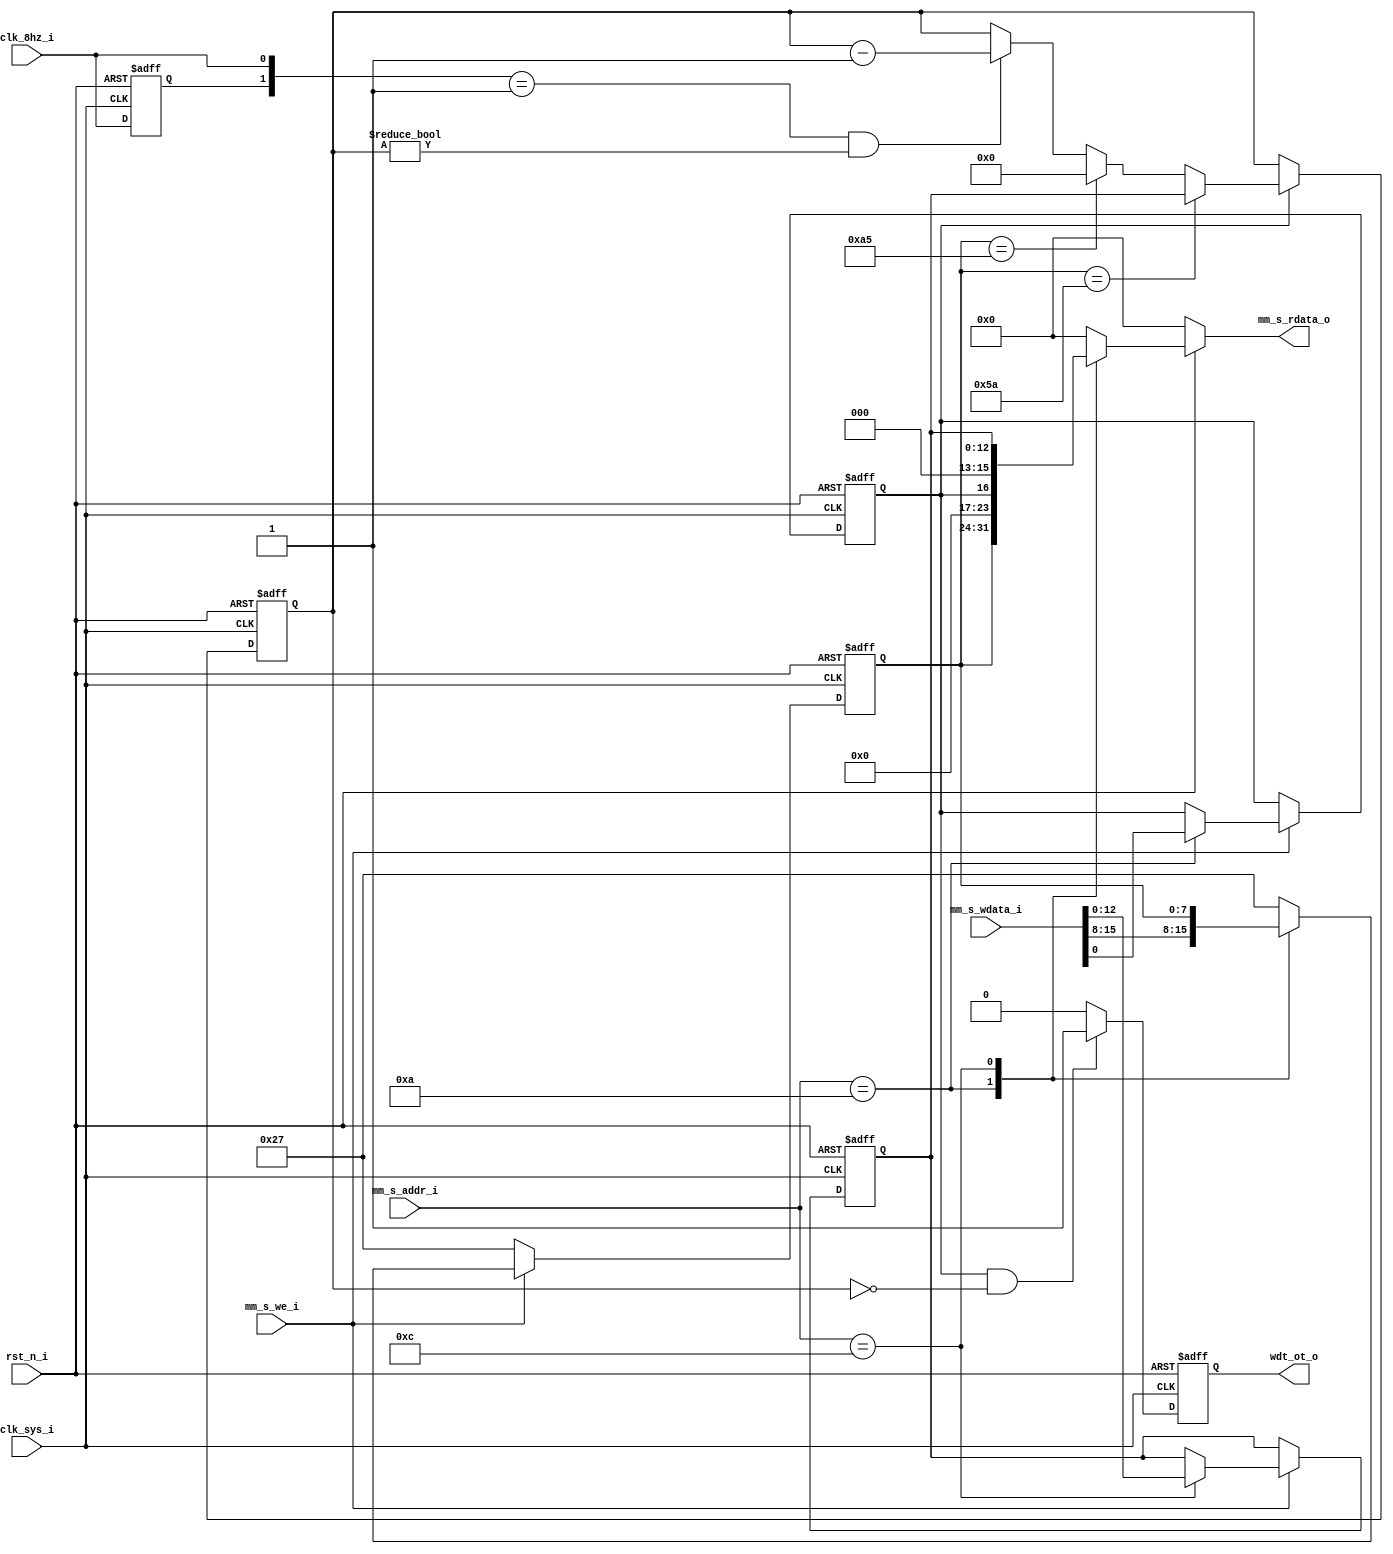
module sys_wdt(
// Global Clock and Reset
clk_sys_i,
rst_n_i,

// Memory Mapped Bus Slave Interface
mm_s_addr_i,
mm_s_wdata_i,
mm_s_rdata_o,
mm_s_we_i,

// WDT Signals
clk_8hz_i,
wdt_ot_o
);

/***************************************************
 System WDT Parameters
***************************************************/
parameter MM_ADDR_WIDTH = 8;
parameter MM_DATA_WIDTH = 16;
// S2: System WDT
parameter REG_ADDR_SWDT_CTRL = 'h0A;
parameter REG_ADDR_SWDT_VAL = 'h0C;

//---------- Global Clock and Reset -----------
input clk_sys_i, rst_n_i;

//---------- Master Interface Signals -----------
// Address and Data Bus
input[MM_ADDR_WIDTH-1:0] mm_s_addr_i;
input[MM_DATA_WIDTH-1:0] mm_s_wdata_i;
output[MM_DATA_WIDTH-1:0] mm_s_rdata_o;
// Bus Control
input mm_s_we_i;

//---------- WDT Signals -----------
input clk_8hz_i;
output wdt_ot_o;

//---------- Internal Regs -----------
reg swdt_ctrl_reg;
reg[7:0] swdt_pwd_reg;
reg[12:0] swdt_val_reg;
reg[MM_DATA_WIDTH-1:0] mm_s_rdata_o; 
reg[12:0] wdt_cnt;
reg wdt_ot_o;
reg reg_clk_8hz_i;

wire wdt_en;

/***************************************************
 System WDT Functions
***************************************************/
// MM Write Function
always @(posedge clk_sys_i, negedge rst_n_i)
begin
	if(!rst_n_i) begin
		swdt_ctrl_reg <= 1'b0;
		swdt_val_reg <= 13'h0960;
		swdt_pwd_reg <= 8'h27;
	end
	else begin
		if(mm_s_we_i) begin
			case(mm_s_addr_i)
				REG_ADDR_SWDT_CTRL:
				begin
					swdt_ctrl_reg <= mm_s_wdata_i[0];
					swdt_pwd_reg <= mm_s_wdata_i[15:8];
				end
				
				REG_ADDR_SWDT_VAL:
					swdt_val_reg <= mm_s_wdata_i[12:0];
					
				default:
				begin
					swdt_pwd_reg <= 8'h27;
					swdt_ctrl_reg <= swdt_ctrl_reg;
					swdt_val_reg <= swdt_val_reg;
				end
			endcase
		end
		else begin
			swdt_pwd_reg <= 8'h27;
		end
	end
end

// MM Read Function
always @(mm_s_addr_i, swdt_pwd_reg, swdt_ctrl_reg, swdt_val_reg, rst_n_i)
begin
	if(!rst_n_i) begin
		mm_s_rdata_o <= 0;
	end
	else begin
		case(mm_s_addr_i)
			REG_ADDR_SWDT_CTRL:
				mm_s_rdata_o <= {swdt_pwd_reg, 7'h0, swdt_ctrl_reg};
				
			REG_ADDR_SWDT_VAL:
				mm_s_rdata_o <= {3'h0, swdt_val_reg};
				
			default:
				mm_s_rdata_o <= 0;
		endcase
	end
end

// WDT Clock Source Edge Detection
always @(posedge clk_sys_i, negedge rst_n_i)
begin
	if(!rst_n_i) begin
		reg_clk_8hz_i <= 1'b0;
	end
	else begin
		reg_clk_8hz_i <= clk_8hz_i;
	end
end

// WDT Counter
always @(posedge clk_sys_i, negedge rst_n_i)
begin
	if(!rst_n_i) begin
		wdt_cnt <= 13'h0960;
	end
	else begin
		if(wdt_en) begin
			if(swdt_pwd_reg == 8'h5A)
				wdt_cnt <= swdt_val_reg;
			else if(swdt_pwd_reg == 8'hA5)
				wdt_cnt <= 13'h0;
			else if({reg_clk_8hz_i,clk_8hz_i} == 2'b01 && wdt_cnt != 0)
				wdt_cnt <= wdt_cnt - 1'b1;
			else
				wdt_cnt <= wdt_cnt;
		end
		else begin
			wdt_cnt <= wdt_cnt;
		end
	end
end

// WDT Overtime Flag
always @(posedge clk_sys_i, negedge rst_n_i)
begin
	if(!rst_n_i) begin
		wdt_ot_o <= 1'b0;
	end
	else begin
		if(wdt_en == 1'b1 && wdt_cnt == 13'h0)
			wdt_ot_o <= 1'b1;
		else
			wdt_ot_o <= 1'b0;
	end
end

assign wdt_en = swdt_ctrl_reg;

endmodule